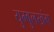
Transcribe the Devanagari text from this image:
युम्बुलखंग